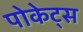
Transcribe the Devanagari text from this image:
पोकेट्स